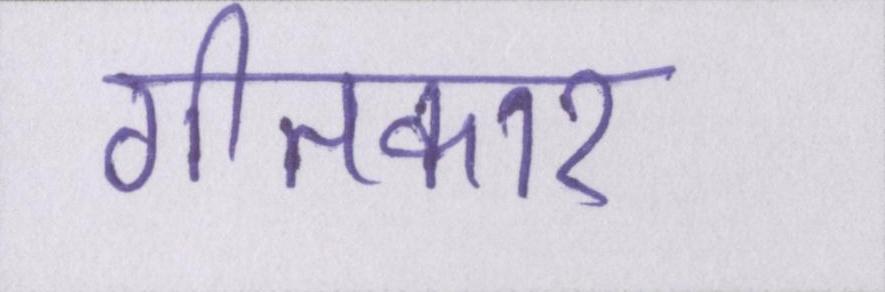
गीतकार